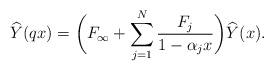
LaTeX: \begin{align*} &\widehat{Y}(qx)= \biggl(F_{\infty}+\sum_{j=1}^N \frac{F_j}{1-\alpha_j x}\biggr) \widehat{Y}(x) . \end{align*}